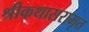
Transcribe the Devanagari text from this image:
श्रीकथासरामृत